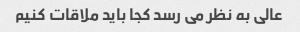
عالی به نظر می رسد کجا باید ملاقات کنیم